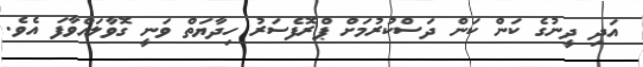
އަދި ދީނުގެ ކަން ކަން ދަސްކުރުމަށް ޕްރޮފެސަރު ހިދާޔަތް ވަނީ ގޮވާލައްވާފަ އެވެ.